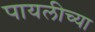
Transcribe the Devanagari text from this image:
पायलीच्या